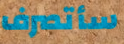
سأتصرف